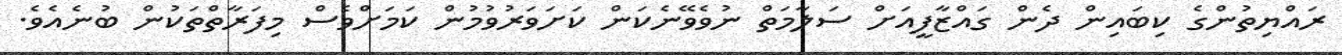
ރައްޔިތުންގެ ކިބައިން ދެން ގައްޒާފީއަށް ސަލާމަތް ނުވެވޭނެކަން ކަށަވަރުވުމުން ކަމަށްވެސް މިފަރާތްތަކުން ބުނެއެވެ.